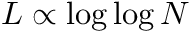
L \propto \log \log N